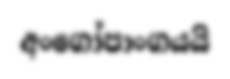
අංගෝපාංගයයි